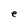
Character: e